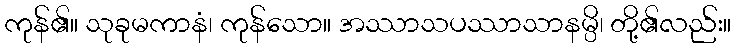
ကုန်၏။ သုခုမကာနံ၊ ကုန်သော။ အဿာသပဿာသာနမ္ပိ၊ တို့၏လည်း။